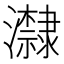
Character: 𭳬